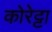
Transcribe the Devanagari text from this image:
कोरेट्टा